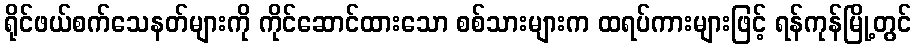
ရိုင်ဖယ်စက်သေနတ်များကို ကိုင်ဆောင်ထားသော စစ်သားများက ထရပ်ကားများဖြင့် ရန်ကုန်မြို့တွင်